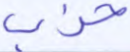
حزب